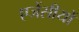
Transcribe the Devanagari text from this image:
एजेंसीयों